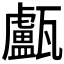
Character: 𤮧